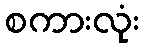
စကားလုံး